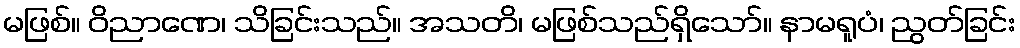
မဖြစ်။ ဝိညာဏေ၊ သိခြင်းသည်။ အသတိ၊ မဖြစ်သည်ရှိသော်။ နာမရူပံ၊ ညွတ်ခြင်း